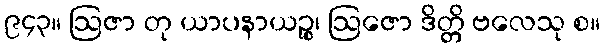
၉၄၃။ ဩဇာ တု ယာပနာယဉ္စ၊ ဩဇော ဒိတ္တိ ဗလေသု စ။